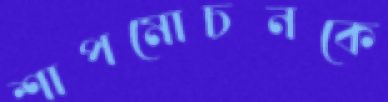
শাপমোচনকে